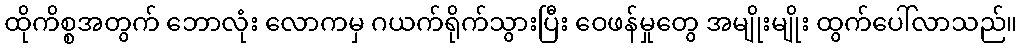
ထိုကိစ္စအတွက် ဘောလုံး လောကမှ ဂယက်ရိုက်သွားပြီး ဝေဖန်မှုတွေ အမျိုးမျိုး ထွက်ပေါ်လာသည်။